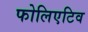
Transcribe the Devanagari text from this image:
फोलिएटिव